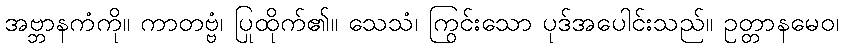
အဗ္ဘာနကံကို။ ကာတဗ္ဗံ၊ ပြုထိုက်၏။ သေသံ၊ ကြွင်းသော ပုဒ်အပေါင်းသည်။ ဥတ္တာနမေဝ၊